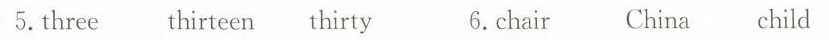
5.three thirteen thirty 6.chair China child